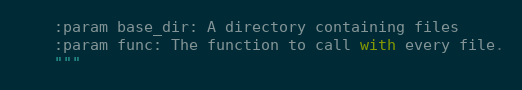
Language: Python
    :param base_dir: A directory containing files
    :param func: The function to call with every file.
    """